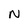
Character: N